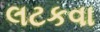
લટકવા